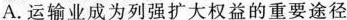
A.运输业成为列强扩大权益的重要途径